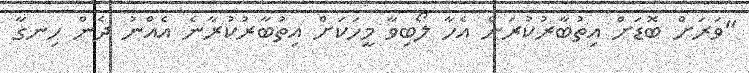
"ވަރަށް ބޮޑަށް އިތުބާރުކުރަން އެހާ ލޯބިވާ މީހަކަށް އިތުބާރުކުރާނެ އެއްނު ދެން ހިނގާ